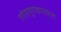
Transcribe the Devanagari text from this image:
लोहयुगकाळात